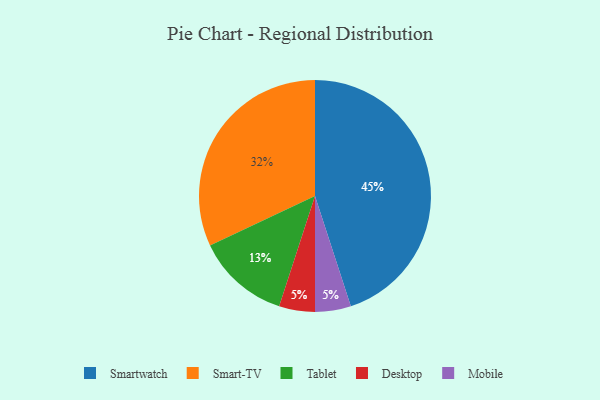
{"axis": {"x": "Category", "y": "Percentage"}, "legend": ["Desktop", "Mobile", "Smart-TV", "Smartwatch", "Tablet"], "data": [{"x": "Tablet", "y": 13, "type": "Tablet"}, {"x": "Desktop", "y": 5, "type": "Desktop"}, {"x": "Smart-TV", "y": 32, "type": "Smart-TV"}, {"x": "Mobile", "y": 5, "type": "Mobile"}, {"x": "Smartwatch", "y": 45, "type": "Smartwatch"}]}